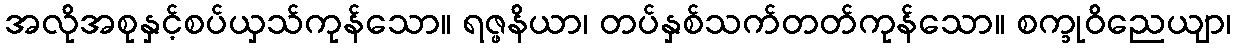
အလိုအစုနှင့်စပ်ယှသ်ကုန်သော။ ရဇ္ဖနိယာ၊ တပ်နှစ်သက်တတ်ကုန်သော။ စက္ခုဝိညေယျာ၊